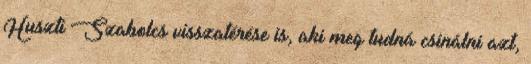
Huszti Szabolcs visszatérése is, aki meg tudná csinálni azt,